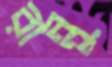
রান্নু